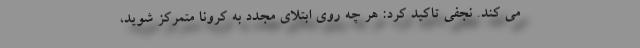
می کند. نجفی تاکید کرد: هر چه روی ابتلای مجدد به کرونا متمرکز شوید،